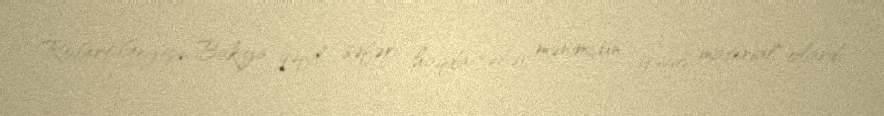
Robert Geytsin Bakıya qəfil səfəri haqda xəbər mənimçün ”yağlı material" olardı.